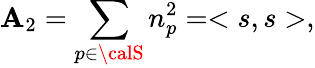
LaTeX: \mathbf{A}_{2}=\sum_{p\in{\calS}}n_{p}^{2}=<s,s>,